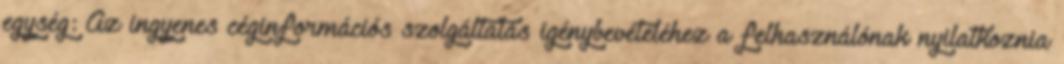
egység: Az ingyenes céginformációs szolgáltatás igénybevételéhez a felhasználónak nyilatkoznia